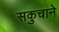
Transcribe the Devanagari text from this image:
सकुचाने